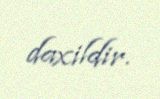
daxildir.